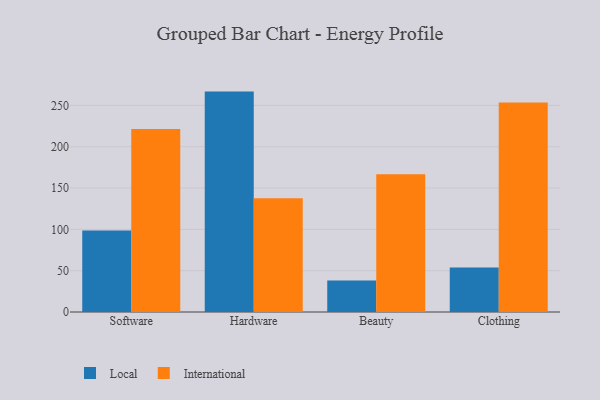
{"axis": {"x": "Category", "y": "Revenue (USD Million)"}, "legend": ["International", "Local"], "data": [{"x": "Software", "y": 98.5, "type": "Local"}, {"x": "Software", "y": 221.3, "type": "International"}, {"x": "Hardware", "y": 266.7, "type": "Local"}, {"x": "Hardware", "y": 137.7, "type": "International"}, {"x": "Beauty", "y": 38.2, "type": "Local"}, {"x": "Beauty", "y": 166.8, "type": "International"}, {"x": "Clothing", "y": 53.8, "type": "Local"}, {"x": "Clothing", "y": 253.5, "type": "International"}]}